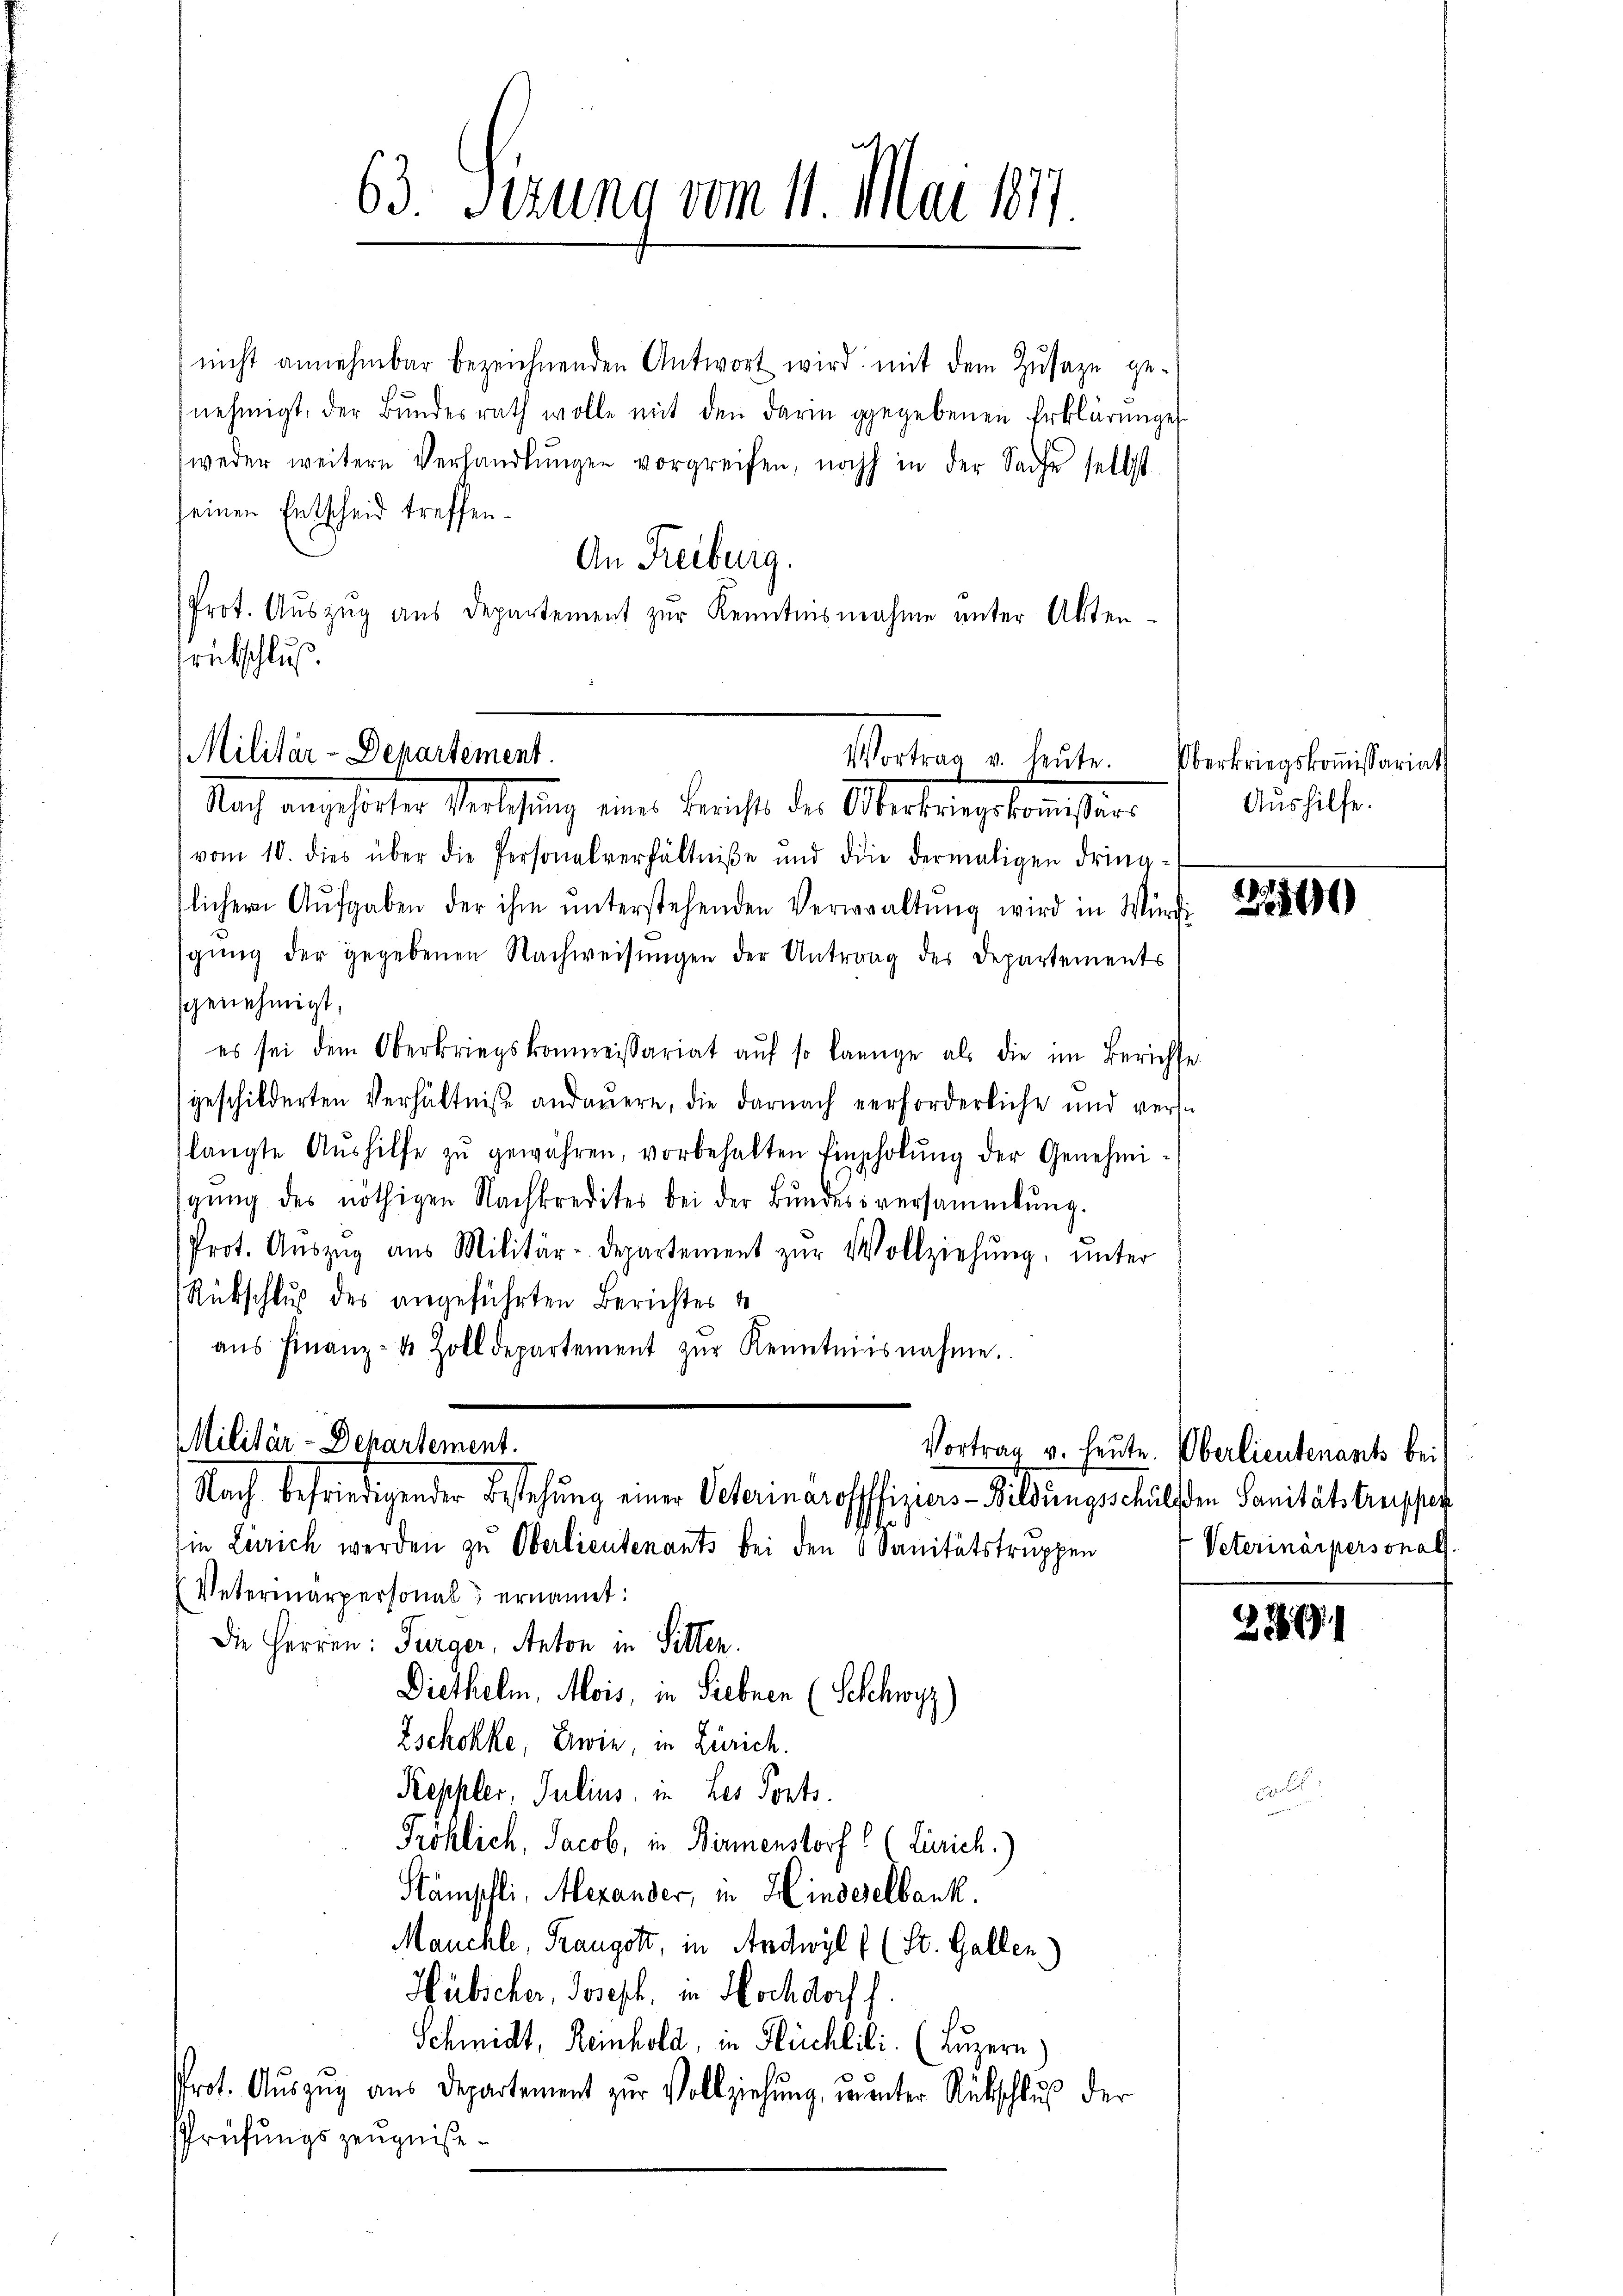
nicht annehmbar bezeichnenden Antwort wird mit dem Zusage genehmigt, der Bŭndesrath wolle mit den darin gegebenen Erklärunge
weder weitere Verhandlŭngen vorgreifen, noch in der Sache selbst
seinen Entscheid treffen.
An Freiburg.
Prot. Auszug aus Departement zur Kenntnisnahme unter Akten-
rückschluß.

Militär-Departement.
Vortrag v. heute. Oberkriegskoṁissariat
Nach angehalter Verlesung ein Bericht die Merkingekommißion

63. Sezung vom 11. Mai 1871.

vom 10. dies über die Personalverhältniße und die dermaligen dring-
licher Aufgaben der ihm ŭnterstehenden Verwaltŭng wird in Würdi
sgŭng der gegebenen Nachweisŭngen der Antrag des Departements
sgenehmigt,
es sei dem Oberkriegskommissariat aŭf so lange als die im Berichte
geschilderten Verhältniße andauern, die darnach verforderliche und verlangte Aŭshilfe zŭ gewähren, vorbehalten Einholŭng der Genehmi-
gŭng des nöthigen Nachkredites bei der Bundesversammlung.
Prot. Aŭszŭg aŭs Militär-Departement zŭr Vollziehŭng ŭnter
Rückschluß des angeführten Berichtes
aŭs Finanz- u. Zolldepartement zŭr Kenntnisnahme.
Militär-Departement.
ie Zürich werden zu Oberlieutenants bei den 6 Sanitätstruppen 4 Veterinärpersonal
(Vetermärpersonal ernannt:
Die Herren: Turger, Anton in Sitten.
Diethelm, Mois, in Siebnen (Schwyz
Zschokke, wie, in Zürich.
Reppler, Julius, in Les Ports.
Pröhlich, Jacob, in Birmenstorf ( (Zürich.)
Stämpfli, Alexander, in Hindeselbank.
Mauchte, Traugott, in Antwyl ( (St. Gallen.)
Hübscher, Joseph, in Hochdorf h.
Schmidt, Reinhold, in Flüchtili. (Luzern)
Prot. Aŭszŭg aŭs Departement zŭr Vollziehŭng ŭŭnter Rückschlŭβ der
sPrüfungszeugniße.

Nach befriedigender Bestehung einer Veterinäroffiziers-Bildungschulsten Sanitätstruppes

Aushilfe.

296

Vortrag v. heute. Oberlieutenants bei

29